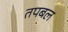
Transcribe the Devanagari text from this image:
तपबल